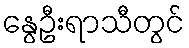
နွေဦးရာသီတွင်